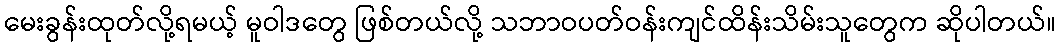
မေးခွန်းထုတ်လို့ရမယ့် မူဝါဒတွေ ဖြစ်တယ်လို့ သဘာဝပတ်ဝန်းကျင်ထိန်းသိမ်းသူတွေက ဆိုပါတယ်။